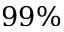
9 9 \%